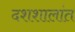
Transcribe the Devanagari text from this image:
दशशालांत